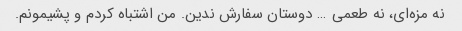
نه مزه‌ای، نه طعمی … دوستان سفارش ندین. من اشتباه کردم و پشیمونم.